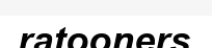
ratooners